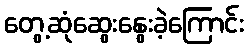
တွေ့ဆုံဆွေးနွေးခဲ့ကြောင်း